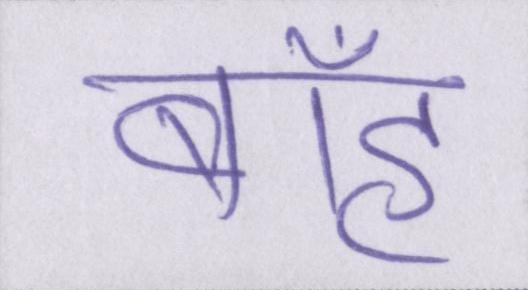
बाँह